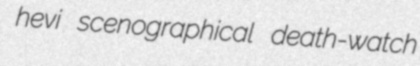
hevi scenographical death-watch